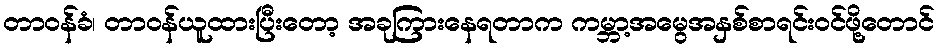
တာဝန်ခံ၊ တာဝန်ယူထားပြီးတော့ အခုကြားနေရတာက ကမ္ဘာ့အမွေအနှစ်စာရင်းဝင်ဖို့တောင်